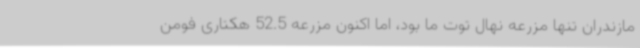
مازندران تنها مزرعه نهال توت ما بود، اما اکنون مزرعه 52.5 هکتاری فومن